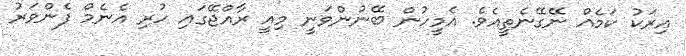
އިރަކު ކަމެއް ނޭގޭނެތީއެވެ. އެމީހުން ބޭނުންވަނީ މިއީ ރާއްޖޭގައި ހުރި އެނެމް ފެންވަރު